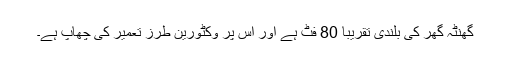
گھنٹہ گھر کی بلندی تقریباً 80 فٹ ہے اور اس پر وکٹورین طرز تعمیر کی چھاپ ہے۔